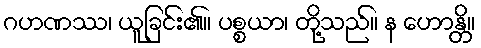
ဂဟဏဿ၊ ယူခြင်း၏။ ပစ္စယာ၊ တို့သည်။ န ဟောန္တိ။